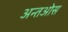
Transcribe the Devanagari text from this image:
अन्तओस